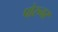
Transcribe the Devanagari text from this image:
पोरुनर